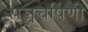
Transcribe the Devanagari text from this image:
पञ्चचर्षिणी